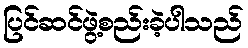
ပြင်ဆင်ဖွဲ့စည်းခဲ့ပါသည်